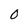
Character: 0